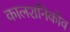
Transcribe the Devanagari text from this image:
कालशनिकोव